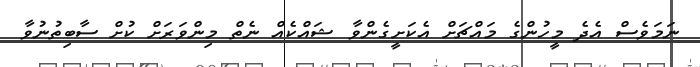
ނަމަވެސް އެދެ މީހުންގެ މައްޗަށް އެކަށީގެންވާ ޝައްކެއް ނެތް މިންވަރަށް ކުށް ސާބިތުނުވާ